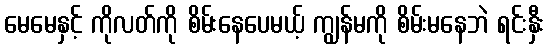
မေမေနှင့် ကိုလတ်ကို စိမ်းနေပေမယ့် ကျွန်မကို စိမ်းမနေဘဲ ရင်းနှီး